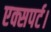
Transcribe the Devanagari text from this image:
एक्सपर्ट।